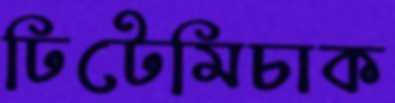
ঢিটেমিচাক